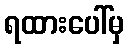
ရထားပေါ်မှ